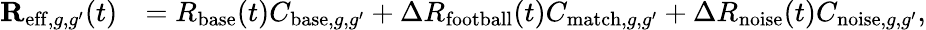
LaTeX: \begin{array}{rl}{\mathbf{R}_{\mathrm{eff},g,g^{\prime}}(t)}&{=R_{\mathrm{base}}(t)C_{\mathrm{base},g,g^{\prime}}+\Delta R_{\mathrm{football}}(t)C_{\mathrm{match},g,g^{\prime}}+\Delta R_{\mathrm{noise}}(t)C_{\mathrm{noise},g,g^{\prime}},}\end{array}